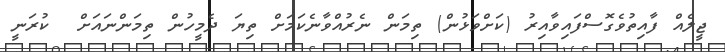
ޖީލެއް ފާއިތުވެގޮސްފައިވާއިރު (ކަށްވަޅުން) ތިމަން ނެރުއްވާނެކަމަށް ތިޔަ ދެމީހުން ތިމަންނައަށް  ކުރަނީ